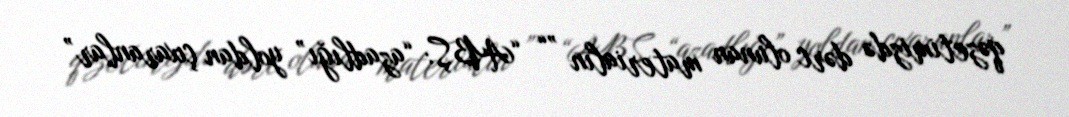
qəzetimizdə dərc olunan materialın ”“ “ABŞ: “azadlığı” yoldan çıxaranlar”